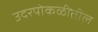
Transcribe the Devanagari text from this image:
उदरपोकळीतील